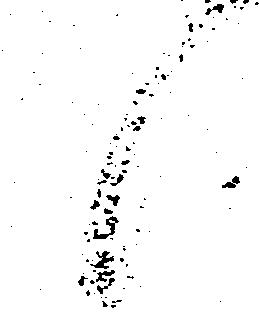
候